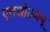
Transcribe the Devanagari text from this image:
एनओडब्ल्यू